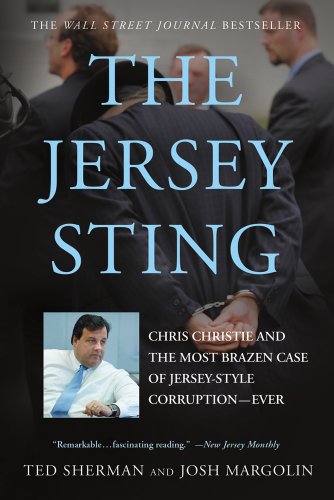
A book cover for The Jersey Sting: Chris Christie and the Most Brazen Case of Jersey-Style Corruption---Ever; Ted Sherman; Biographies & Memoirs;